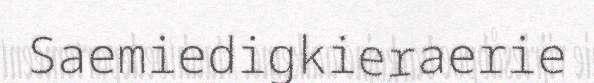
Saemiedigkieraerie